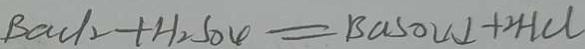
B a C l _ { 2 } + H _ { 2 } S O _ { 4 } = B a S O _ { 4 } \downarrow + 2 H C l